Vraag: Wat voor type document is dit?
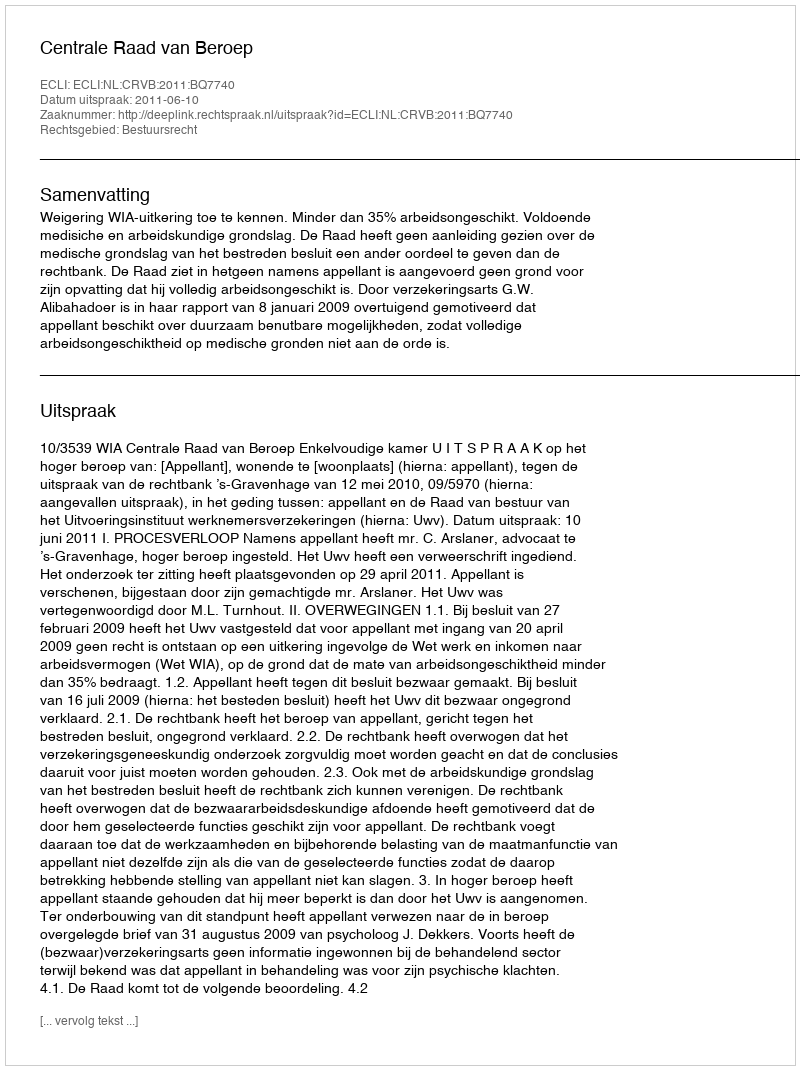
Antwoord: Uitspraak